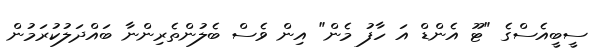
ސީބީއެސްގެ "ޓޫ އެންޑް އަ ހާފު މެން" އިން ވެސް ބެލުންތެރިންނާ ބައްދަލުކުރަމުން